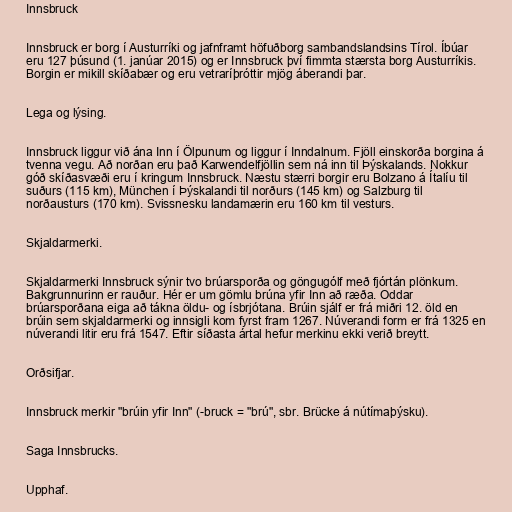
Innsbruck

Innsbruck er borg í Austurríki og jafnframt höfuðborg sambandslandsins Tírol. Íbúar
eru 127 þúsund (1. janúar 2015) og er Innsbruck því fimmta stærsta borg Austurríkis.
Borgin er mikill skíðabær og eru vetraríþróttir mjög áberandi þar.

Lega og lýsing.

Innsbruck liggur við ána Inn í Ölpunum og liggur í Inndalnum. Fjöll einskorða borgina á
tvenna vegu. Að norðan eru það Karwendelfjöllin sem ná inn til Þýskalands. Nokkur
góð skíðasvæði eru í kringum Innsbruck. Næstu stærri borgir eru Bolzano á Ítalíu til
suðurs (115 km), München í Þýskalandi til norðurs (145 km) og Salzburg til
norðausturs (170 km). Svissnesku landamærin eru 160 km til vesturs.

Skjaldarmerki.

Skjaldarmerki Innsbruck sýnir tvo brúarsporða og göngugólf með fjórtán plönkum.
Bakgrunnurinn er rauður. Hér er um gömlu brúna yfir Inn að ræða. Oddar
brúarsporðana eiga að tákna öldu- og ísbrjótana. Brúin sjálf er frá miðri 12. öld en
brúin sem skjaldarmerki og innsigli kom fyrst fram 1267. Núverandi form er frá 1325 en
núverandi litir eru frá 1547. Eftir síðasta ártal hefur merkinu ekki verið breytt.

Orðsifjar.

Innsbruck merkir "brúin yfir Inn" (-bruck = "brú", sbr. Brücke á nútímaþýsku).

Saga Innsbrucks.

Upphaf.